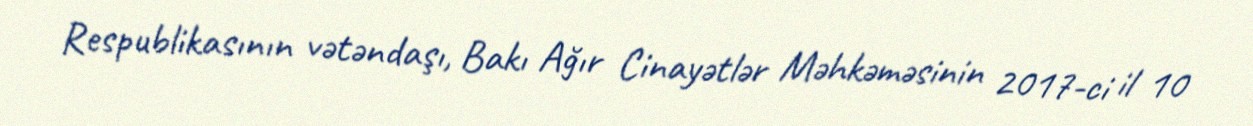
Respublikasının vətəndaşı, Bakı Ağır Cinayətlər Məhkəməsinin 2017-ci il 10